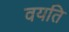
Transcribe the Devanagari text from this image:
वयति